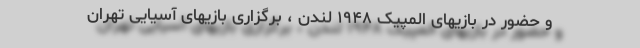
و حضور در بازیهای المپیک ۱۹۴۸ لندن ، برگزاری بازیهای آسیایی تهران